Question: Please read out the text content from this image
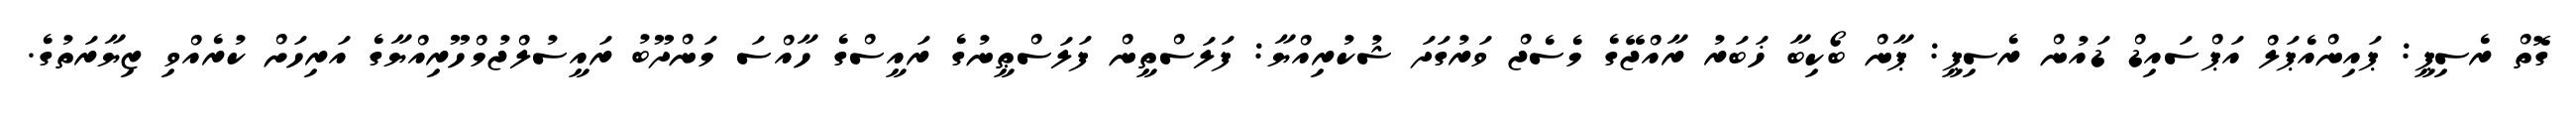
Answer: ގޮތް ރެސިޕީ: ޕައިންއެޕަލް އަޕްސައިޑް ޑައުން ރެސިޕީ: ޕާން ބޯކިބާ ޚަބަރު ރާއްޖޭގެ މެސެޖް ވަރުގަދަ ޝުކުރިއްޔާ: ފަލަސްތީން ފަލަސްޠީނުގެ ރައީސްގެ ހާއްސަ މަންދޫބު ރައީސުލްޖުމްހޫރިއްޔާގެ އަރިހަށް ކުރެއްވި ޒިޔާރަތުގެ.